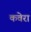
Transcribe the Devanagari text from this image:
कवेरा